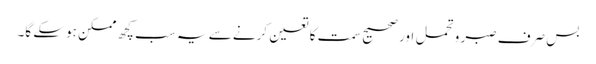
بس صرف صبر و تحمل اور صحیح سمت کا تعین کرنے سے یہ سب کچھ ممکن ہوسکے گا۔